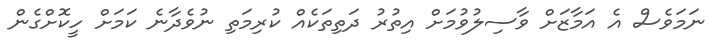
ނަމަވެސް އެ އަމާޒަށް ވާސިލުވުމަށް އިތުރު ދަތިތަކެއް ކުރިމަތި ނުވެދާނެ ކަމަށް ހީކޮށްގެން